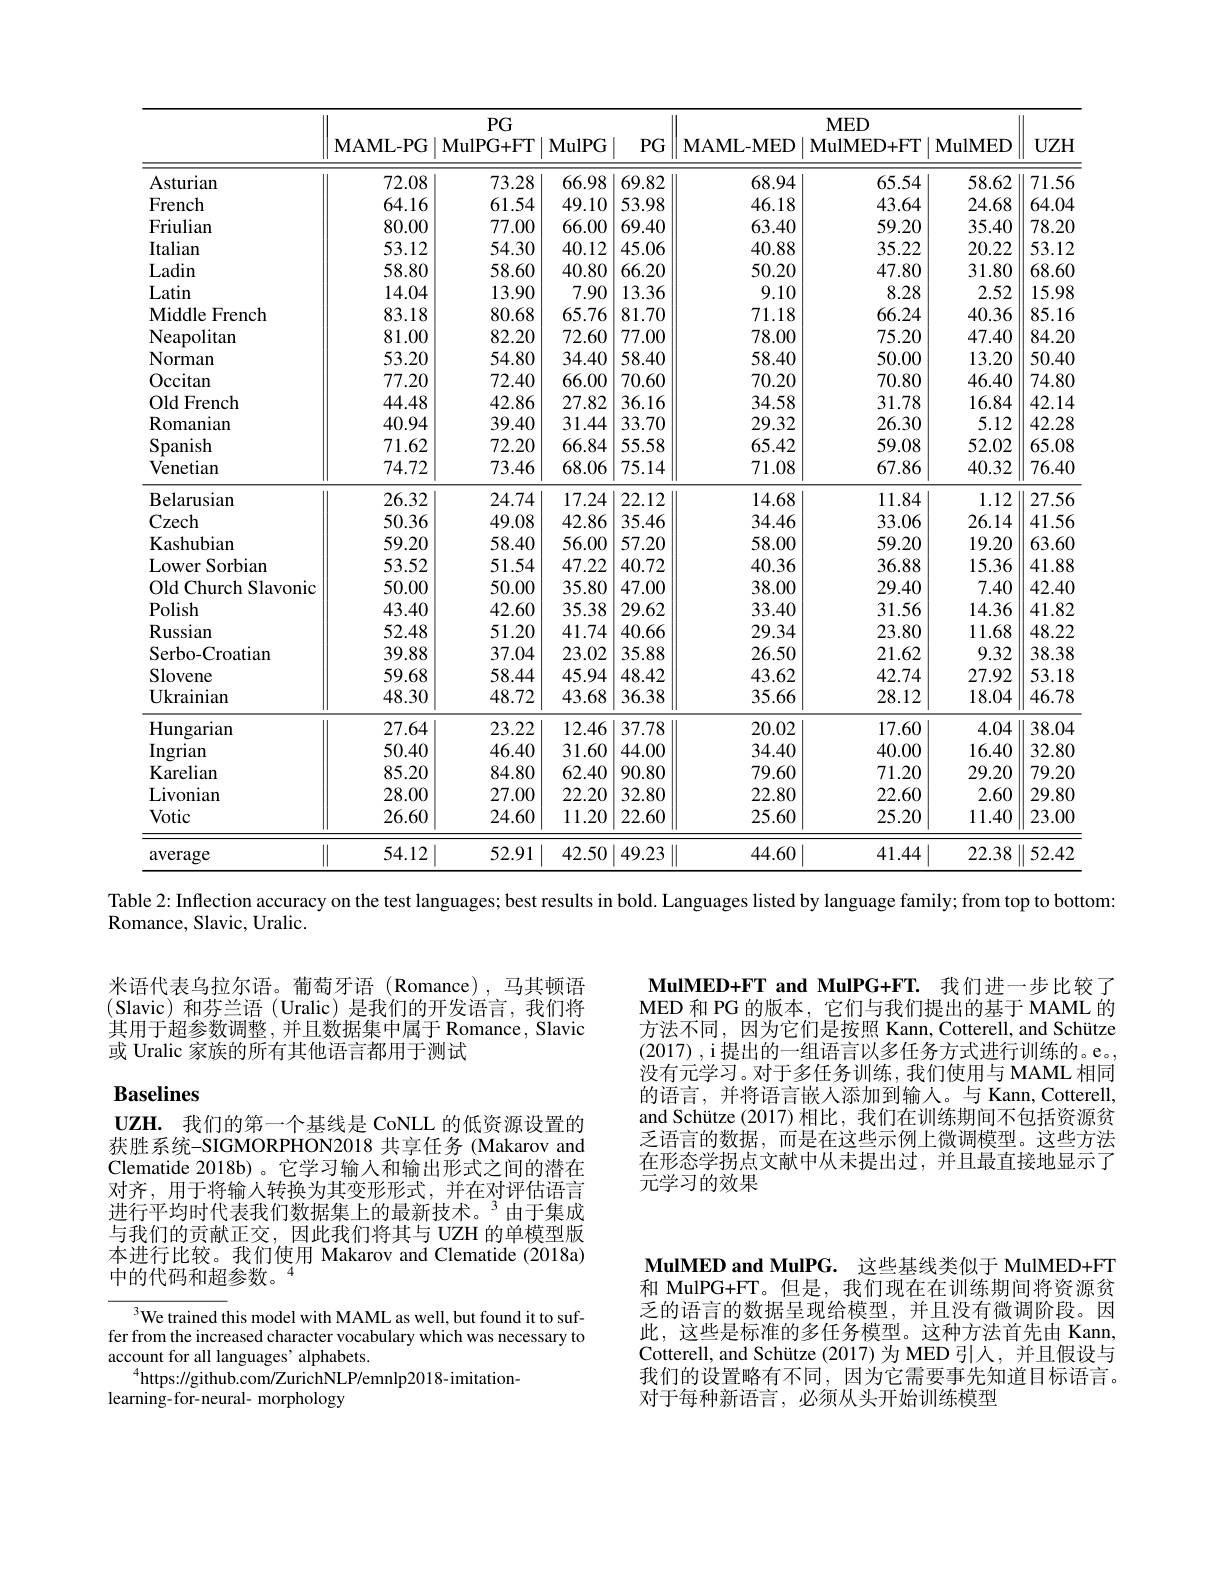
<table>
	<tbody>
		<tr>
			<th> </th>
			<th>$\mathbf{MAML-PG}$</th>
			<th>$PG$ MulPG+ FT</th>
			<th>$\mathbf{MulPG}$</th>
			<th>$PG$</th>
			<th>$\mathbf{MAML-MED}$</th>
			<th>$MED$ MulMED+ FT</th>
			<th>MulMED</th>
			<th>$UZH$</th>
		</tr>
		<tr>
			<td>Asturian</td>
			<td>72.08</td>
			<td>73.28</td>
			<td>66.98</td>
			<td>69.82</td>
			<td>68.94</td>
			<td>65.54</td>
			<td>58.62</td>
			<td>71.56</td>
		</tr>
		<tr>
			<td>French</td>
			<td>64.16</td>
			<td>61.54</td>
			<td>49.10</td>
			<td>53.98</td>
			<td>46.18</td>
			<td>43.64</td>
			<td>24.68</td>
			<td>64.04</td>
		</tr>
		<tr>
			<td>Friulian</td>
			<td>80.00</td>
			<td>77.00</td>
			<td>66.00</td>
			<td>69.40</td>
			<td>63.40</td>
			<td>59.20</td>
			<td>35.40</td>
			<td>78.20</td>
		</tr>
		<tr>
			<td>Italian</td>
			<td>53.12</td>
			<td>54.30</td>
			<td>40.12</td>
			<td>45.06</td>
			<td>40.88</td>
			<td>35.22</td>
			<td>20.22</td>
			<td>53.12</td>
		</tr>
		<tr>
			<td>Ladin</td>
			<td>58.80</td>
			<td>58.60</td>
			<td>40.80</td>
			<td>66.20</td>
			<td>50.20</td>
			<td>47.80</td>
			<td>31.80</td>
			<td>68.60</td>
		</tr>
		<tr>
			<td>Latin</td>
			<td>14.04</td>
			<td>13.90</td>
			<td>7.90</td>
			<td>13.36</td>
			<td>9.10</td>
			<td>8.28</td>
			<td>2.52</td>
			<td>15.98</td>
		</tr>
		<tr>
			<td>Middle French</td>
			<td>83.18</td>
			<td>80.68</td>
			<td>65.76</td>
			<td>81.70</td>
			<td>71.18</td>
			<td>66.24</td>
			<td>40.36</td>
			<td>85.16</td>
		</tr>
		<tr>
			<td>Neapolitan</td>
			<td>81.00</td>
			<td>82.20</td>
			<td>72.60</td>
			<td>77.00</td>
			<td>78.00</td>
			<td>75.20</td>
			<td>47.40</td>
			<td>84.20</td>
		</tr>
		<tr>
			<td>Norman</td>
			<td>53.20</td>
			<td>54.80</td>
			<td>34.40</td>
			<td>58.40</td>
			<td>58.40</td>
			<td>50.00</td>
			<td>13.20</td>
			<td>50.40</td>
		</tr>
		<tr>
			<td>Occitan</td>
			<td>77.20</td>
			<td>72.40</td>
			<td>66.00</td>
			<td>70.60</td>
			<td>70.20</td>
			<td>70.80</td>
			<td>46.40</td>
			<td>74.80</td>
		</tr>
		<tr>
			<td>Old French</td>
			<td>44.48</td>
			<td>42.86</td>
			<td>27.82</td>
			<td>36.16</td>
			<td>34.58</td>
			<td>31.78</td>
			<td>16.84</td>
			<td>42.14</td>
		</tr>
		<tr>
			<td>Romanian</td>
			<td>40.94</td>
			<td>39.40</td>
			<td>31.44</td>
			<td>33.70</td>
			<td>29.32</td>
			<td>26.30</td>
			<td>5.12</td>
			<td>42.28</td>
		</tr>
		<tr>
			<td>Spanish</td>
			<td>71.62</td>
			<td>72.20</td>
			<td>66.84</td>
			<td>55.58</td>
			<td>65.42</td>
			<td>59.08</td>
			<td>52.02</td>
			<td>65.08</td>
		</tr>
		<tr>
			<td>Venetian</td>
			<td>74.72</td>
			<td>73.46</td>
			<td>68.06</td>
			<td>75.14</td>
			<td>71.08</td>
			<td>67.86</td>
			<td>40.32</td>
			<td>76.40</td>
		</tr>
		<tr>
			<td>Belarusian</td>
			<td>26.32</td>
			<td>24.74</td>
			<td>17.24</td>
			<td>22.12</td>
			<td>14.68</td>
			<td>11.84</td>
			<td>1.12</td>
			<td>27.56</td>
		</tr>
		<tr>
			<td>Czech</td>
			<td>50.36</td>
			<td>49.08</td>
			<td>42.86</td>
			<td>35.46</td>
			<td>34.46</td>
			<td>33.06</td>
			<td>26.14</td>
			<td>41.56</td>
		</tr>
		<tr>
			<td>Kashubian</td>
			<td>59.20</td>
			<td>58.40</td>
			<td>56.00</td>
			<td>57.20</td>
			<td>58.00</td>
			<td>59.20</td>
			<td>19.20</td>
			<td>63.60</td>
		</tr>
		<tr>
			<td>LowerS Sorbiam</td>
			<td>53.52</td>
			<td>51.54</td>
			<td>47.22</td>
			<td>40.72</td>
			<td>40.36</td>
			<td>36.88</td>
			<td>15.36</td>
			<td>41.88</td>
		</tr>
		<tr>
			<td>Old Church Slavonic</td>
			<td>50.00</td>
			<td>50.00</td>
			<td>35.80</td>
			<td>47.00</td>
			<td>38.00</td>
			<td>29.40</td>
			<td>7.40</td>
			<td>42.40</td>
		</tr>
		<tr>
			<td>$\mathbf{Polish}$</td>
			<td>43.40</td>
			<td>42.60</td>
			<td>35.38</td>
			<td>29.62</td>
			<td>33.40</td>
			<td>31.56</td>
			<td>14.36</td>
			<td>41.82</td>
		</tr>
		<tr>
			<td>Russian</td>
			<td>52.48</td>
			<td>51.20</td>
			<td>41.74</td>
			<td>40.66</td>
			<td>29.34</td>
			<td>23.80</td>
			<td>11.68</td>
			<td>48.22</td>
		</tr>
		<tr>
			<td>Serbo- Croatian</td>
			<td>39.88</td>
			<td>37.04</td>
			<td>23.02</td>
			<td>35.88</td>
			<td>26.50</td>
			<td>21.62</td>
			<td>9.32</td>
			<td>38.38</td>
		</tr>
		<tr>
			<td>Slovene</td>
			<td>59.68</td>
			<td>58.44</td>
			<td>45.94</td>
			<td>48.42</td>
			<td>43.62</td>
			<td>42.74</td>
			<td>27.92</td>
			<td>53.18</td>
		</tr>
		<tr>
			<td>Ukrainian</td>
			<td>48.30</td>
			<td>48.72</td>
			<td>43.68</td>
			<td>36.38</td>
			<td>35.66</td>
			<td>28.12</td>
			<td>18.04</td>
			<td>46.78</td>
		</tr>
		<tr>
			<td>Hungarian</td>
			<td>27.64</td>
			<td>23.22</td>
			<td>12.46</td>
			<td>37.78</td>
			<td>20.02</td>
			<td>17.60</td>
			<td>4.04</td>
			<td>38.04</td>
		</tr>
		<tr>
			<td>$\operatorname{Ingrian}$</td>
			<td>50.40</td>
			<td>46.40</td>
			<td>31.60</td>
			<td>44.00</td>
			<td>34.40</td>
			<td>40.00</td>
			<td>16.40</td>
			<td>32.80</td>
		</tr>
		<tr>
			<td>Karelian</td>
			<td>85.20</td>
			<td>84.80</td>
			<td>62.40</td>
			<td>90.80</td>
			<td>79.60</td>
			<td>71.20</td>
			<td>29.20</td>
			<td>79.20</td>
		</tr>
		<tr>
			<td>Livonian</td>
			<td>28.00</td>
			<td>27.00</td>
			<td>22.20</td>
			<td>32.80</td>
			<td>22.80</td>
			<td>22.60</td>
			<td>2.60</td>
			<td>29.80</td>
		</tr>
		<tr>
			<td>Votic</td>
			<td>26.60</td>
			<td>24.60</td>
			<td>11.20</td>
			<td>22.60</td>
			<td>25.60</td>
			<td>25.20</td>
			<td>11.40</td>
			<td>23.00</td>
		</tr>
		<tr>
			<td>average</td>
			<td>54.12</td>
			<td>52.91</td>
			<td>42.50</td>
			<td>49.23</td>
			<td>44.60</td>
			<td>41.44</td>
			<td>22.38</td>
			<td>52.42</td>
		</tr>
	</tbody>
</table>
Table 2: Inflection accuracy on the test languages; best results in bold. Languages listed by language family; from top to bottom:

Romance, Slavic, Uralic.

米语代表乌拉尔语。葡萄牙语(Romance),马其顿语(Slavic)和芬兰语 (Uralic)是我们的开发语言，我们将其用于超参数调整，并且数据集中属于 Romance, Slavic 或 Uralic 家族的所有其他语言都用于测试

## $\mathbf{Baselines}$

$\mathbf{UZH.}$我们的第一个基线是 CoNLL 的低资源设置的获胜系统-SIGMORPHON2018 共享任务 (Makarov and Clematide 2018b) 。它学习输入和输出形式之间的潜在对齐，用于将输人转换为其变形形式，并在对评估语言进行平均时代表我们数据集上的最新技术。3 由于集成与我们的贡献正交，因此我们将其与 UZH 的单模型版本进行比较。我们使用 Makarov and Clematide (2018a) 中的代码和超参数。“

$^{3}$We trained this model with MAML as well, but found it to suffer from the increased character vocabulary which was necessary to account for all languages' alphabets.
$^{4}$https://github.com/ZurichNLP/emnlp2018-imitation-
learning-for-neural- morphology

MulMED+ FT and MulPG+FT. 我们进一步比较了MED 和 PG 的版本，它们与我们提出的基于 MAML 的方法不同，因为它们是按照 Kann, Cotterell, and Schütze (2017) , i 提出的一组语言以多任务方式进行训练的。e。, 没有元学习。对于多任务训练，我们使用与 MAML 相同的语言，并将语言嵌人添加到输入。与 Kann, Cotterell and Schütze (2017)相比，我们在训练期间不包括资源贫乏语言的数据，而是在这些示例上微调模型。这些方法在形态学拐点文献中从未提出过，并且最直接地显示了元学习的效果

MulMED and MulPG. 这些基线类似于 MulMED+FT 和 MulPG+FT。但是，我们现在在训练期间将资源贫乏的语言的数据呈现给模型，并且没有微调阶段。因此，这些是标准的多任务模型。这种方法首先由 Kann, Cotterell, and Schütze (2017) 为 MED 引人，并且假设与我们的设置略有不同，因为它需要事先知道目标语言。对于每种新语言，必须从头开始训练模型